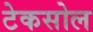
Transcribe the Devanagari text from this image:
टेकसोल